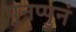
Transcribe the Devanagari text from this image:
पुनप्पुनं